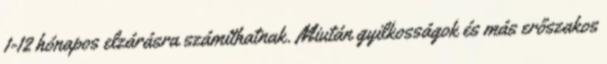
1-12 hónapos elzárásra számíthatnak. Miután gyilkosságok és más erőszakos